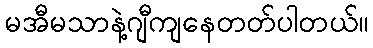
မအီမသာနဲ့ဂျီကျနေတတ်ပါတယ်။